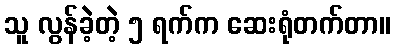
သူ လွန်ခဲ့တဲ့ ၅ ရက်က ဆေးရုံတက်တာ။